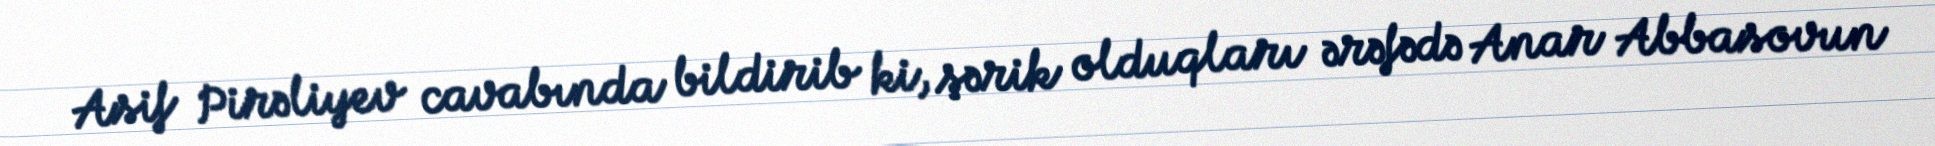
Asif Pirəliyev cavabında bildirib ki, şərik olduqları ərəfədə Anar Abbasovun